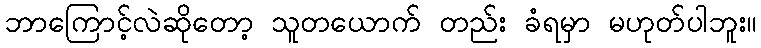
ဘာကြောင့်လဲဆိုတော့ သူတယောက် တည်း ခံရမှာ မဟုတ်ပါဘူး။